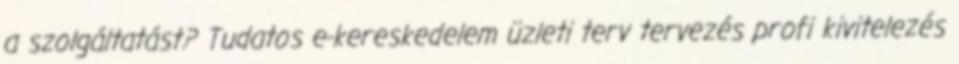
a szolgáltatást? Tudatos e-kereskedelem üzleti terv tervezés profi kivitelezés